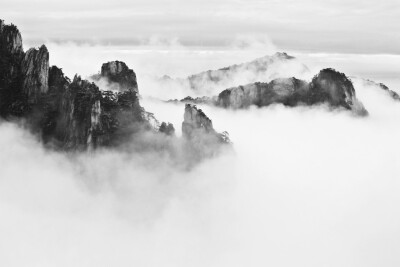
雾失楼台，月迷津渡。